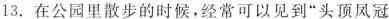
13. 在公园里散步的时候,经常可以见到”头顶凤冠